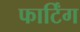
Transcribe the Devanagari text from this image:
फार्टिंग